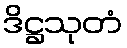
ဒိဋ္ဌသုတံ